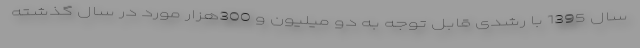
سال 1395 با رشدی قابل توجه به دو میلیون و 300هزار مورد در سال گذشته